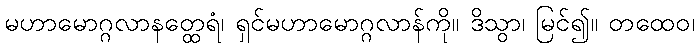
မဟာမောဂ္ဂလာနတ္ထေရံ၊ ရှင်မဟာမောဂ္ဂလာန်ကို။ ဒိသွာ၊ မြင်၍။ တထေဝ၊